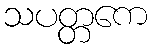
သပတ္တကေ